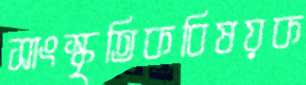
সাংস্কৃতিকবিষয়ক